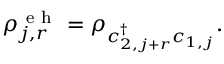
\begin{array} { r } { \rho _ { j , r } ^ { \mathrm { ~ e ~ h ~ } } = \rho _ { c _ { 2 , j + r } ^ { \dagger } c _ { 1 , j } } . } \end{array}